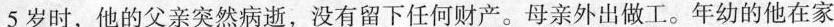
”5岁时，他的父亲突然病逝，没有留下任何财产。母亲外出做工。年幼的他在家